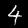
Label: 4